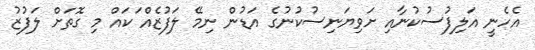
އެހެނީ އަލިފުސުކުނާއި ށަވިޔަނިސުކުނުގެ އަޑުން ނިމޭ ލަފުޒެއް ަކައް މި ގޮތަށް ލަފުޒު